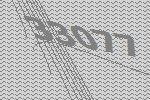
33077